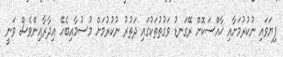
ފިޔަވައި ނުކުރުމަށާއި ޚާއްސަކޮށް ރޭގަނޑު ވަގުތުތަކުގައި ދަތުރު ނުކުރުމަށް މުސުމާއިބެހޭ އިދާރާއިންވެސް ވަނީ